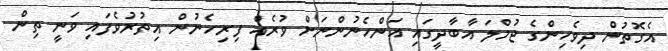
އެގޮތުން ދިވެހިންގެ ޖުމްލަ އާބާދީގައި އަންހެނުންނަށް ވުރެއް ފިރިހެނުން އިތުރުވެފައި ވަނީ ތިން